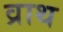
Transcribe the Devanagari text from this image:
व्राथ